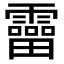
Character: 𩆞